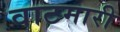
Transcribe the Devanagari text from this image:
वाटमारी